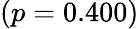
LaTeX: (p=0.400)